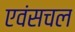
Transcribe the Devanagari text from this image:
एवंसचल